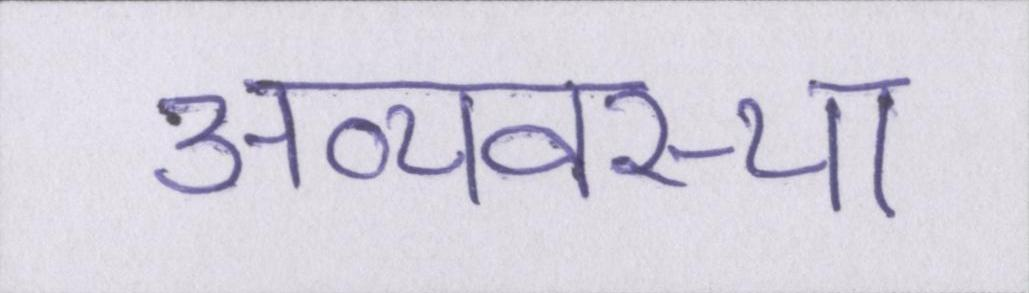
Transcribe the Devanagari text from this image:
अव्यवस्था